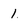
Character: 1